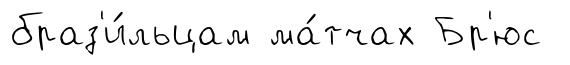
браз'и́льцам ма́тчах Бр'юс